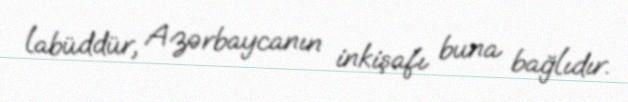
labüddür, Azərbaycanın inkişafı buna bağlıdır.